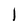
Character: l